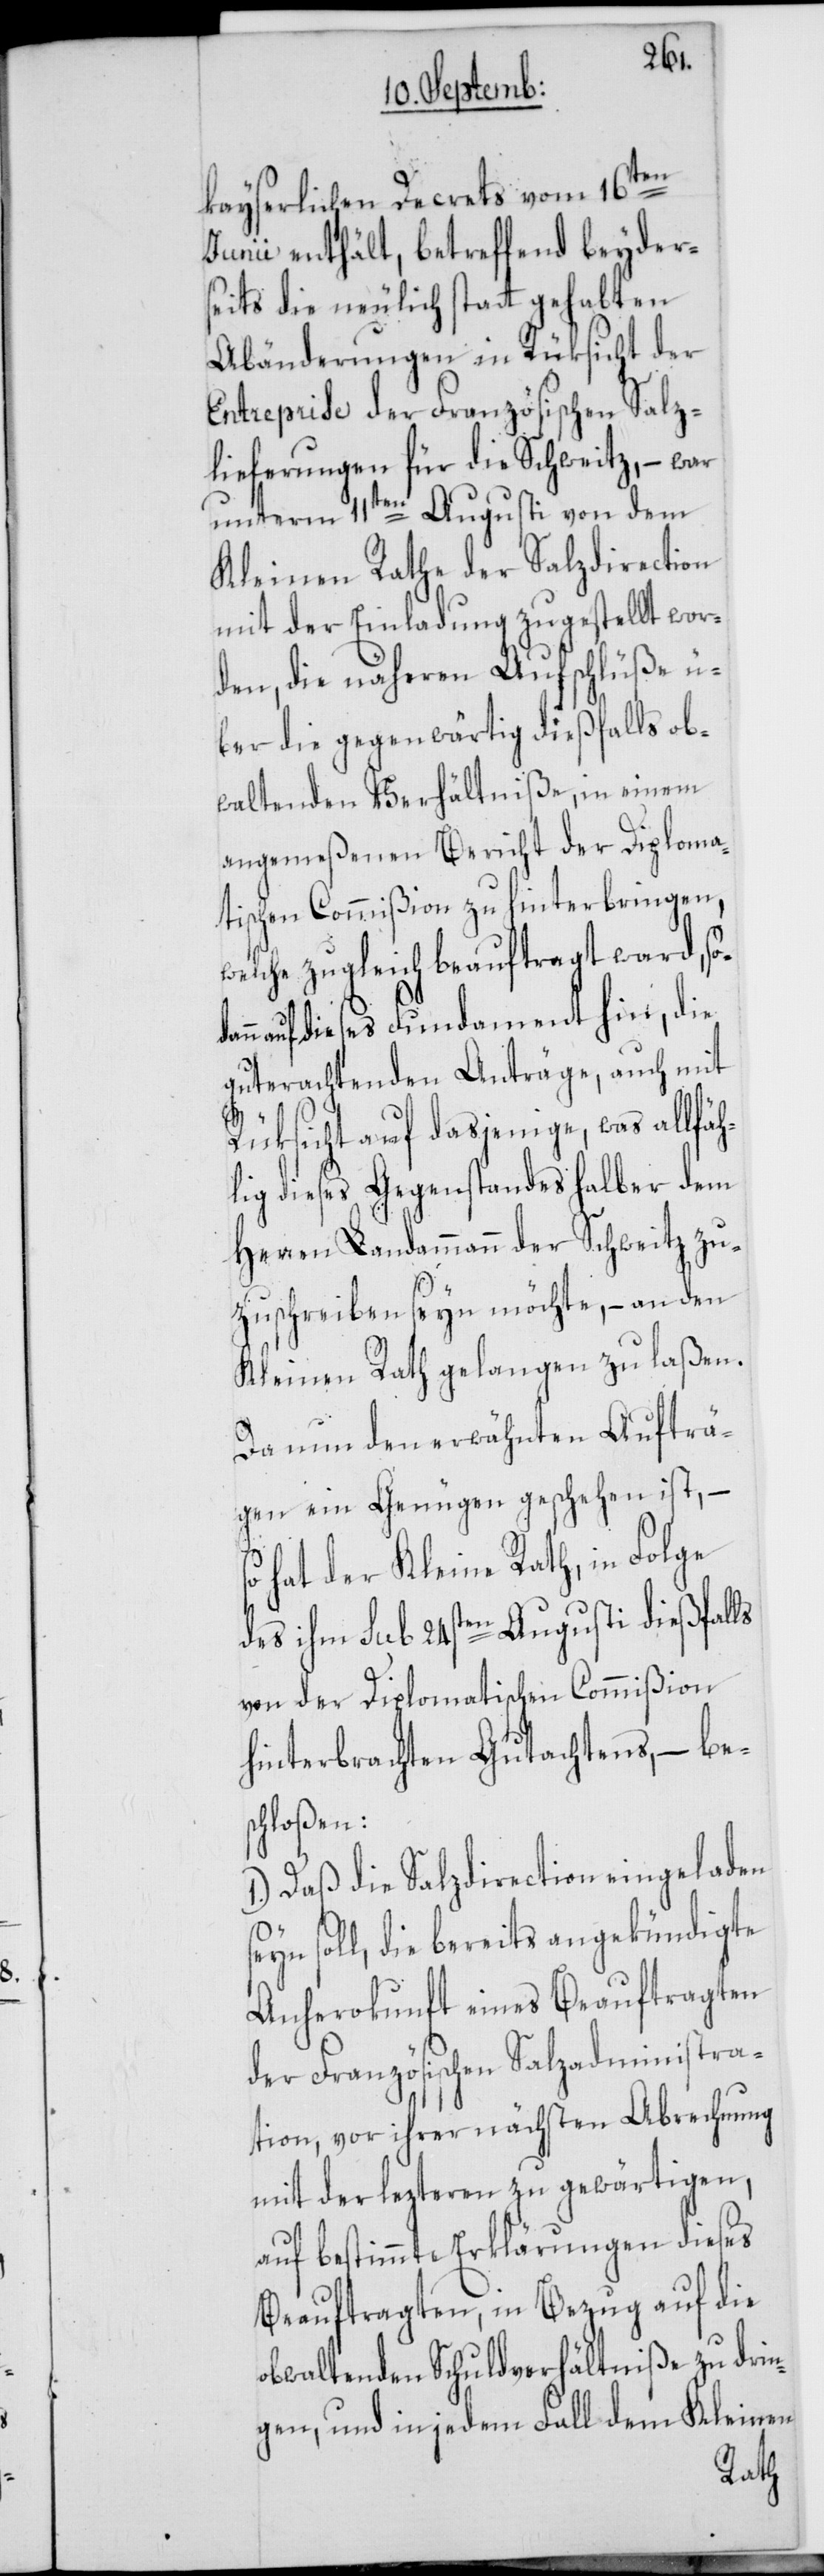
ann
kayserlichen Decrets vom 16ten
Junii enthält, betreffend beyder¬
seits die neulich statt gehabten
Abänderungen in Rüksicht der
Entreprise der Französischen Salz¬
lieferungen für die Schweitz, – war
unterm 11ten Augusti von dem
Kleinen Rathe der Salzdirection
mit der Einladung zugestellt wor¬
den, die näheren Aufschlüße ü¬
ber die gegenwärtig dießfalls ob¬
waltenden Verhältniße, in einem
angemeßenen Bericht der Diploma¬
tischen Commißion zu hinterbringen,
welche zugleich beauftragt ward, sod¬
auf dieses Fundament hin, die
guterachtenden Anträge, auch mit
Rüksicht auf dasjenige, was allfäh¬
lig dieses Gegenstandes halber dem
Herren Landammann der Schweitz zu¬
zuschreiben seyn möchte, – an den
Kleinen Rath gelangen zu laßen.
Da nun den erwähnten Aufträ¬
gen ein Genügen geschehen ist, –
s¬
o hat der Kleine Rath, in Folge
des ihm sub 24sten Augusti dießfalls
von der Diplomatischen Commißion
hinterbrachten Gutachtens, – bes¬
chloßen:
1.) Daß die Salzdirection eingeladen
eyn soll, die bereits angekündigte
Anherokunft eines Beauftragten
der Französischen Salzadministra¬
tion, vor ihrer nächsten Abrechnung
mit der lezteren zu gewärtigen,
auf bestimmte Erklärungen dieses
Beauftragten, in Bezug auf die
obwaltenden Schuldverhältniße zu drin¬
gen, und in jedem Fall dem Kleinen